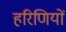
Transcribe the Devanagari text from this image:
हरिणियों